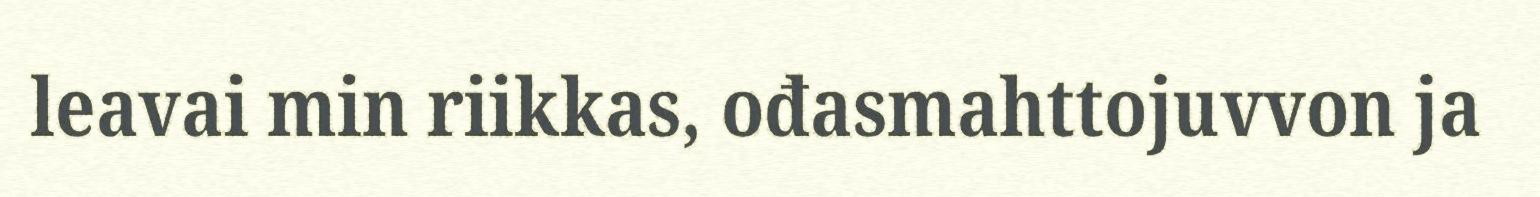
leavai min riikkas, ođasmahttojuvvon ja